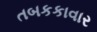
તબકકાવાર